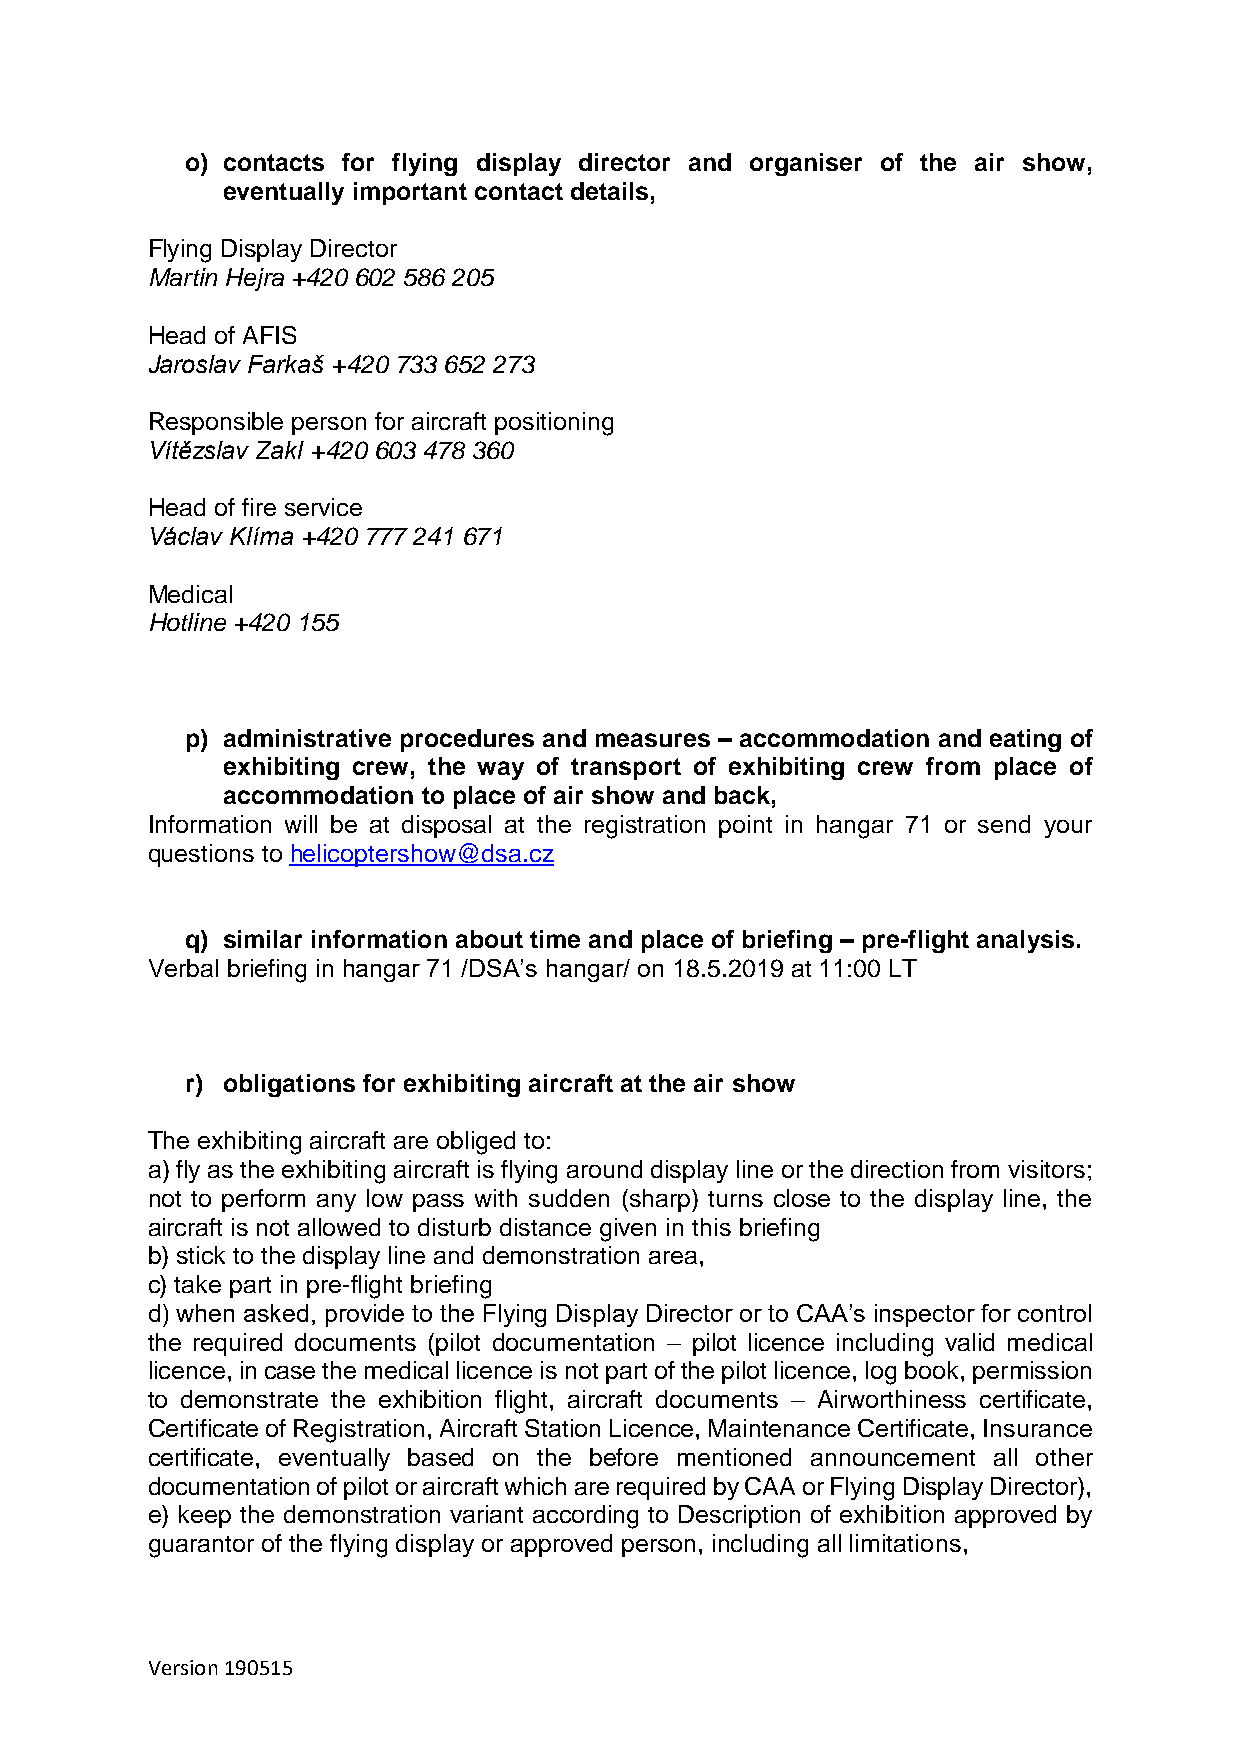
o) contacts for flying display director and organiser of the air show,
 eventually important contact details,
 Flying Display Director
 Martin Hejra +420 602 586 205
 Head of AFIS
 Jaroslav Farkaš +420 733 652 273
 Responsible person for aircraft positioning
 Vítězslav Zakl +420 603 478 360
 Head of fire service
 Václav Klíma +420 777 241 671
 Medical
 Hotline +420 155
 p) administrative procedures and measures – accommodation and eating of
 exhibiting crew, the way of transport of exhibiting crew from place of
 accommodation to place of air show and back,
 Information will be at disposal at the registration point in hangar 71 or send your
 questions to helicoptershow@dsa.cz
 q) similar information about time and place of briefing – pre-flight analysis.
 Verbal briefing in hangar 71 /DSA’s hangar/ on 18.5.2019 at 11:00 LT
 r) obligations for exhibiting aircraft at the air show
 The exhibiting aircraft are obliged to:
 a) fly as the exhibiting aircraft is flying around display line or the direction from visitors;
 not to perform any low pass with sudden (sharp) turns close to the display line, the
 aircraft is not allowed to disturb distance given in this briefing
 b) stick to the display line and demonstration area,
 c) take part in pre-flight briefing
 d) when asked, provide to the Flying Display Director or to CAA’s inspector for control
 the required documents (pilot documentation – pilot licence including valid medical
 licence, in case the medical licence is not part of the pilot licence, log book, permission
 to demonstrate the exhibition flight, aircraft documents – Airworthiness certificate,
 Certificate of Registration, Aircraft Station Licence, Maintenance Certificate, Insurance
 certificate, eventually based on the before mentioned announcement all other
 documentation of pilot or aircraft which are required by CAA or Flying Display Director),
 e) keep the demonstration variant according to Description of exhibition approved by
 guarantor of the flying display or approved person, including all limitations,
 Version 190515